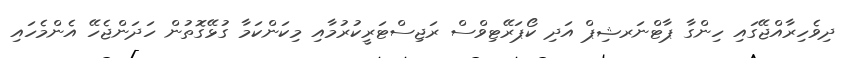
ދިވެހިރާއްޖޭގައި ހިންގާ ޕާޓްނަރޝިޕް އަދި ކޯޕަރޭޓިވްސް ރަޖިސްޓަރީކުރުމާއި މިކަންކަމާ ގުޅޭގޮތުން ހަދަންޖެހޭ އެންމެހައި